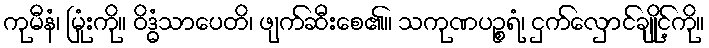
ကုမီနံ၊ မြုံးကို။ ဝိဒ္ဓံသာပေတိ၊ ဖျက်ဆီးစေ၏။ သကုဏပဉ္စရံ၊ ငှက်လှောင်ချိုင့်ကို။